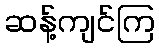
ဆန့်ကျင်ကြ